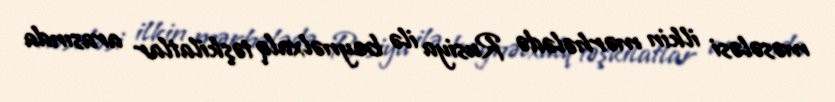
məsələsi ilkin mərhələdə Rusiya ilə beynəlxalq təşkilatlar arasında